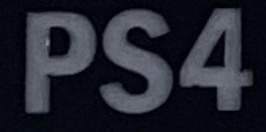
PS4